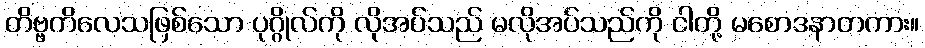
တိဗ္ဗကိလေသဖြစ်သော ပုဂ္ဂိုလ်ကို လိုအပ်သည် မလိုအပ်သည်ကို ငါတို့ မစောဒနာတကား။